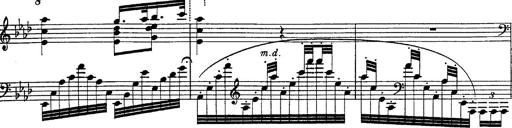
Title: Fantasie Ã¼ber Themen aus Mozarts Figaro und Don Giovanni
Composer: Franz Liszt